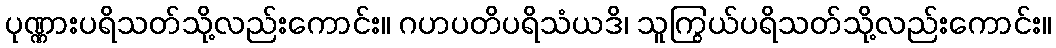
ပုဏ္ဏားပရိသတ်သို့လည်းကောင်း။ ဂဟပတိပရိသံယဒိ၊ သူကြွယ်ပရိသတ်သို့လည်းကောင်း။